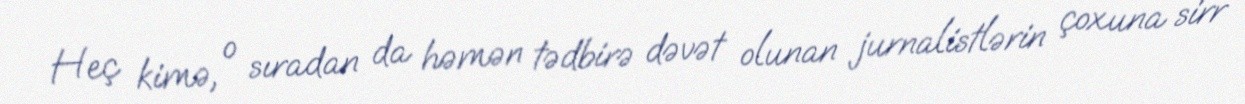
Heç kimə, o sıradan da həmən tədbirə dəvət olunan jurnalistlərin çoxuna sirr